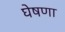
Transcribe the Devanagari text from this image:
घेषणा